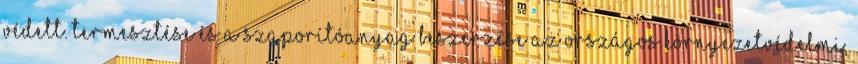
védett. Termesztése és a szaporítóanyag beszerzése az Országos Környezetvédelmi,